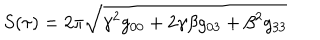
S ( \tau ) = 2 \pi \sqrt { \gamma ^ { 2 } g _ { 0 0 } + 2 \gamma \beta g _ { 0 3 } + \beta ^ { 2 } g _ { 3 3 } }